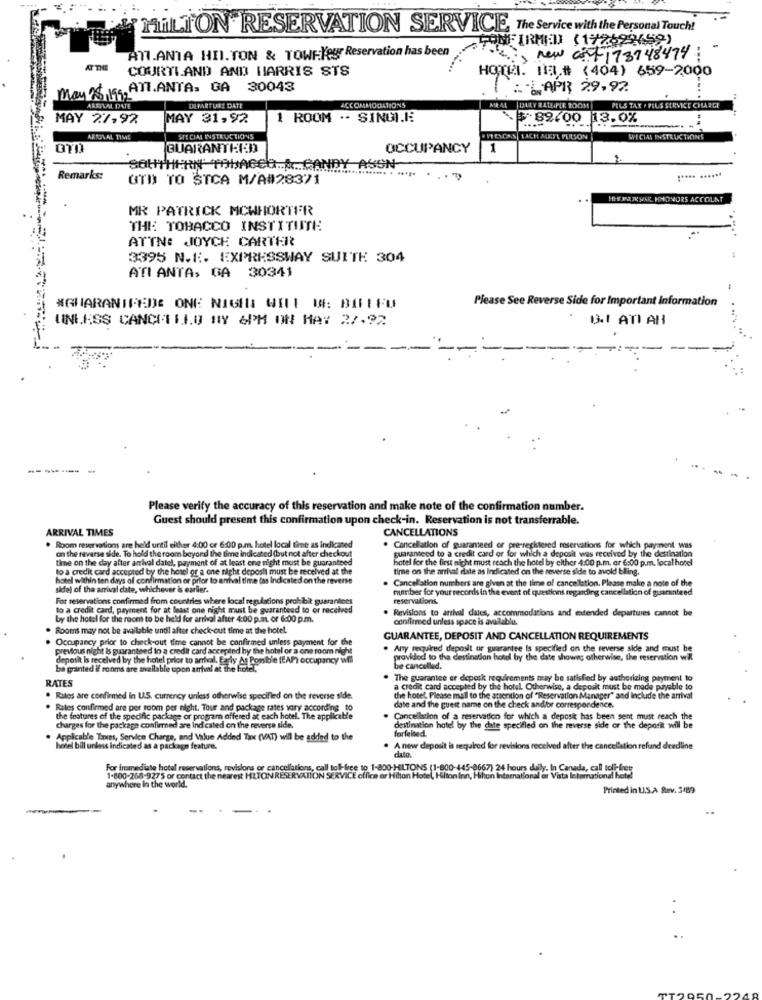
HILTON RESERVATION SERVICE, The Service with the Personal Touch!
ATOOFIRMED (172698659)
ATI.ANTA HII.TON & TOWFleur Reservation has been
is new cot 173748474:
AT THE
COURTI.AND AND HARRIS STS
HOOTHI. H.# (404) 659-2000
May 28,199 ATT.ANTA, GA
30043
1 : APR 29,92
ARRIVAL DATE
DEPARTURE DATE
ACCOMMODATIONS
PELS TAX / PLUS SERVICE CHARGE
MAY 27,92
MAY 31,92
1 ROOM ·· SINGI.E.
$89/00 13.0%
ARRIVAL TIME
SPECIAL INSTRUCTIONS
ULSON
WECIAL INSTRUCTIONS
GUARANTEED
OCCUPANCY
1
SOUTHERN TOBACCO. A CANDY ASSEN
Remarks:
QTD TO STCA M/A#28371
HHE IJKMAR HHONORS ACCOUNT
MR PATRICK MCWHORTER
THE TOBACCO INSTITUTE
ATTN: JOYCE CARTER
3395 N.E. EXPRESSWAY SUITE 304
ATLANTA, GA 30341
Please See Reverse Side for Important Information
#GUARANIFEDE ONE NIGHT: WILI I#: BITTEU
UNLESS CANCELLO MY 6PM ON MAY 2%.92
GIATIAH
----- -
Please verify the accuracy of this reservation and make note of the confirmation number.
Guest should present this confirmation upon check-in. Reservation is not transferrable.
ARRIVAL TIMES
CANCELLATIONS
Room reservations are held until either 4:00 or 6:00 p.m. hotel local time as indicated
on the reverse side. To hold the room beyond the time indicated (but not after checkout
Cancellation of guaranteed or pre-recktesed reservations for which payment was
guaranteed to a credit card or for which a deposit was received by the destination
time on the day after arrival datel, payment of at least one night must be guaranteed
hotel for the first night must reach the hotel by either 4:00 p.m. ar 6:00 p.m. local hotel
to a credit card accepted by the hotel or a one night deposti must be received at the
time on the arrival date as Indicated on the reverse side to avold bling.
hotel within ten days of confirmation of prior to arrival time (as Indicated on the reverse
Cancellation numbers are given at the time of cancellation. Please make a note of the
sidel of the arrival date, whichever is earlier.
number for your records in the event of questions regarding cancellation of guaranteed
For reservations confirmed from countries where local regulations prohibit guarantees
reservations.
to a credit card, payment for at least one night must be guaranteed to or received
Revisions to arrival dates, accommodations and edended departures cannot be
by the hotel for the room to be held for arrival after 4:00 p.at. or 6:00 p.m.
confirmed unless space is available.
Rooms may not be available until after check-out time at the hotel.
Occupancy prior to check-out time cannot be confirmed unless payment for the
GUARANTEE, DEPOSIT AND CANCELLATION REQUIREMENTS
previous night is guaranteed to a credit card accepted by the hotel or a one room night
Any required deposit or guarantee Is specified on the reverse side and must be
deposit Is received by the hotel prior to arrival. Early As Possible (EAP) occupancy will
provided to the destination hotel by the date shown; otherwise, the reservation wil
be granted if rooms are available upon arrival at the hotel,
be cancelled.
RATES
The guarantee er deposk requirements may be satisfied by authorizing payment to
a credit card accepted by the hotel. Otherwise, a deposit must be made payebile to
. Rates are confirmed In U.S. currency unless otherwise specified on the reverse side.
the hotel, Please mall to the attention of "Reservation Manager" and include the arrival
Rules confirmed are per room per night. Tour and package rates vary according to
date and the guest name on the check and/or correspondence.
the features of the specific package or program offered at each hotel. The applicable
Cancellation of a reservation for which a deposit has been sent must reach the
charges for the package confirmed are indicated on the reverse side.
destination hotel by the date specified on the reverse side or the deposit will be
forfeited
Applicable Tries, Service Charge, and Value Added Tax (VAT) will be added to the
hotel bill unless indicated as a package feature.
dlato.
A new deposit is required for revisions received after the cancellation refund deadline
For immediate hotel reservations, revisions or cancellations, c
to 1-800-HILTONS (1-800-445-8667) 24 hours daily. In Canada, call toll-free
anywhere In the world.
1-800-268-9275 or contact the nearest HILTON RESERVA
CE office ar Hilton Hotel, Hilton Inn, Hilton International or Vista letemational hotel
Printed in U.S.A Rev. 3489